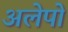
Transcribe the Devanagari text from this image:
अलेपो